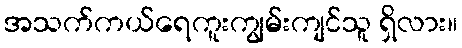
အသက်ကယ်ရေကူးကျွမ်းကျင်သူ ရှိလား။